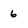
Character: 6